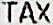
TAX